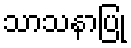
သာသနာပြု